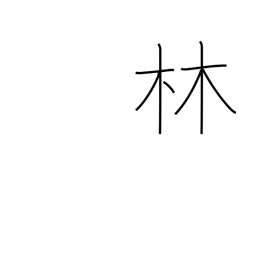
Meaning: forest